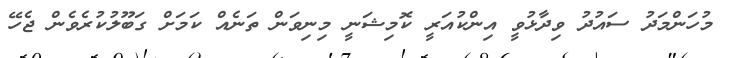
މުހަންމަދު ސައުދު ވިދާޅުވީ އިންކުއަރީ ކޮމިޝަނީ މިނިވަން ތަނެއް ކަމަށް ގަބޫލުކުރެވެން ޖެހޭ